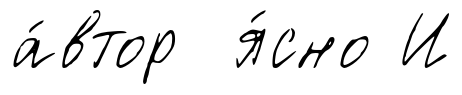
а́втор я́сно И